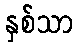
နှစ်သာ